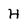
Character: H